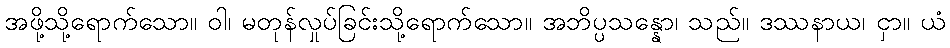
အဖို့သို့ရောက်သော။ ဝါ၊ မတုန်လှုပ်ခြင်းသို့ရောက်သော။ အဘိပ္ပသန္နော၊ သည်။ ဒဿနာယ၊ ငှာ။ ယံ